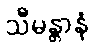
သီမန္တာနံ